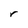
Character: r